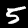
Digit: 5